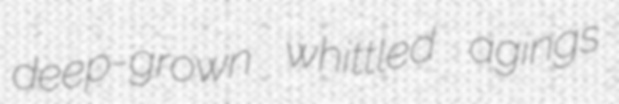
deep-grown whittled agings